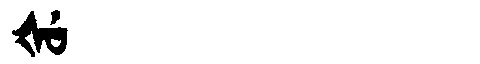
Manchu: ᡧᡠ
Romanization: ŠU